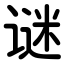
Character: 谜